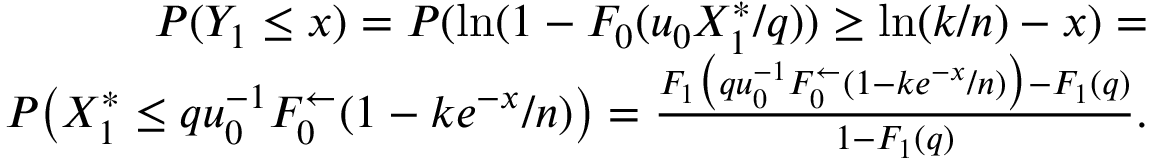
\begin{array} { r } { P ( Y _ { 1 } \leq x ) = P ( \ln ( 1 - F _ { 0 } ( u _ { 0 } X _ { 1 } ^ { \ast } / q ) ) \geq \ln ( k / n ) - x ) = } \\ { P \big ( X _ { 1 } ^ { \ast } \leq q u _ { 0 } ^ { - 1 } F _ { 0 } ^ { \leftarrow } ( 1 - k e ^ { - x } / n ) \big ) = \frac { F _ { 1 } \big ( q u _ { 0 } ^ { - 1 } F _ { 0 } ^ { \leftarrow } ( 1 - k e ^ { - x } / n ) \big ) - F _ { 1 } ( q ) } { 1 - F _ { 1 } ( q ) } . } \end{array}